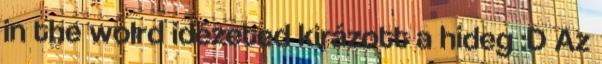
in the wolrd idézeted kirázott a hideg :D Az